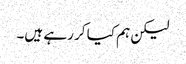
لیکن ہم کیا کر رہے ہیں۔